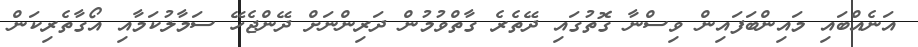
އަނެއްބައި މައިންބަފައިން ވިސްނާ ގޮތުގައި ދޭތެރެ ގާތްވުމުން ދަރިންނަށް ދޭންޖެހޭ ސަމާލުކަމާއި އޯގާތެރިކަން